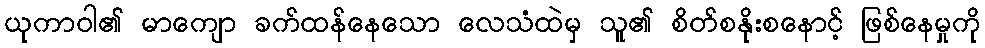
ယုကာဝါ၏ မာကျော ခက်ထန်နေသော လေသံထဲမှ သူ၏ စိတ်စနိုးစနောင့် ဖြစ်နေမှုကို